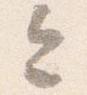
今